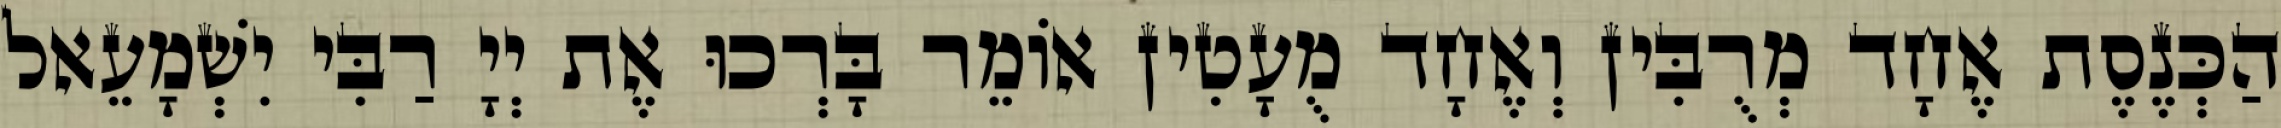
הַכְּנֶסֶת אֶחָד מְרֻבִּין וְאֶחָד מֻעָטִין אוֹמֵר בָּרְכוּ אֶת יְיָ רַבִּי יִשְׁמָעֵאל